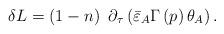
LaTeX: \begin{align*}\delta L=\left( 1-n\right) \,\,\partial _\tau \left( \bar{\varepsilon}_A\Gamma \left( p\right) \theta _A\right) .\end{align*}